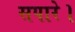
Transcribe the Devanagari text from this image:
सपारे।